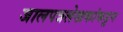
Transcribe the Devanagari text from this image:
जालपत्रलेखकांकडून